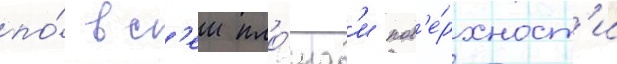
по́ вс'еи пло́щад'и пов'е́рхност'и